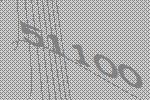
51100